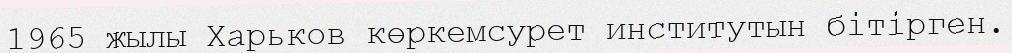
1965 жылы Харьков көркемсурет институтын бітірген.